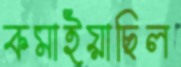
কমাইয়াছিল